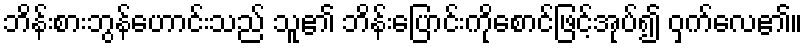
ဘိန်းစားဘွန်ဟောင်းသည် သူ၏ ဘိန်းပြောင်းကိုစောင်ဖြင့်အုပ်၍ ဝှက်လေ၏။